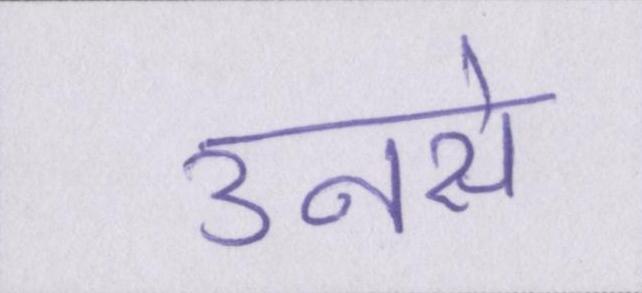
उनसे